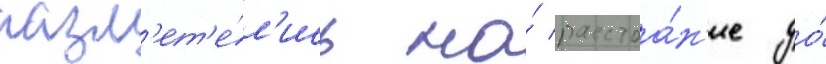
разл'ет'е́л'ись на́ расстоа́н'ие до́